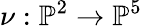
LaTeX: \nu:\mathbb{P}^{2}\to\mathbb{P}^{5}